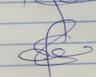
Signature authenticity: genuine